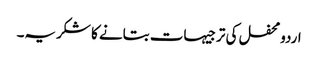
اردومحفل کی ترجیہات بتانے کا شکریہ۔